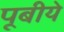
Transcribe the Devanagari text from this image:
पूबीये